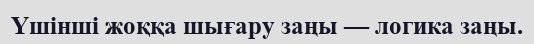
Үшінші жоққа шығару заңы — логика заңы.